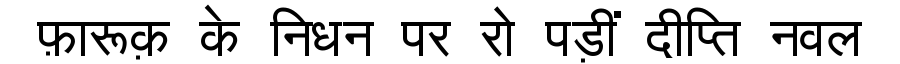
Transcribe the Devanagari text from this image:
फ़ारूक़ के निधन पर रो पड़ीं दीप्ति नवल